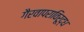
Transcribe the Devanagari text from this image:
गैरवापराविरूद्ध